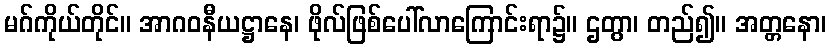
မဂ်ကိုယ်တိုင်။ အာဂဝနီယဋ္ဌာနေ၊ ဖိုလ်ဖြစ်ပေါ်လာကြောင်းရာ၌။ ဌတွာ၊ တည်၍။ အတ္တနော၊